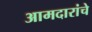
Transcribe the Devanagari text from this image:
आमदारांचे